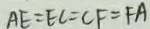
A E = E C = C F = F A